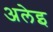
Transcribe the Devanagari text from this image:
अलेइ